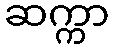
ဆက္ကာ